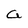
Character: a